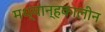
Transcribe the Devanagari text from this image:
मध्यान्हकालीन